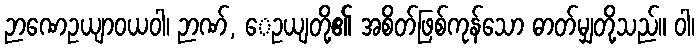
ဉာဏေဥယျာဝယဝါ၊ ဉာဏ်, ေဥယျတို့၏ အစိတ်ဖြစ်ကုန်သော ဓာတ်မျှတို့သည်။ ဝါ၊